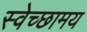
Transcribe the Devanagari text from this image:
स्वेच्छामय